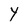
Character: Y